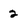
Character: 2